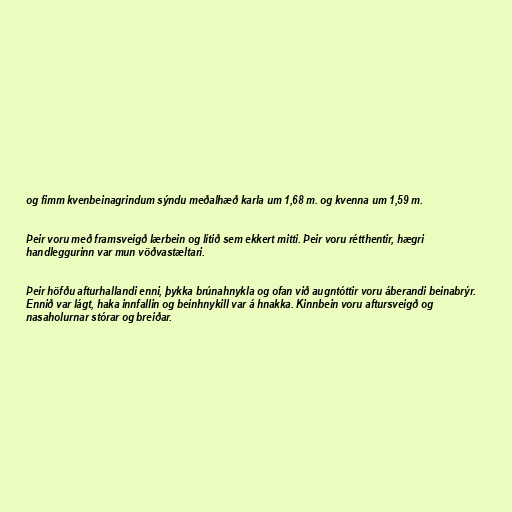
og fimm kvenbeinagrindum sýndu meðalhæð karla um 1,68 m. og kvenna um 1,59 m.

Þeir voru með framsveigð lærbein og lítið sem ekkert mitti. Þeir voru rétthentir, hægri
handleggurinn var mun vöðvastæltari.

Þeir höfðu afturhallandi enni, þykka brúnahnykla og ofan við augntóttir voru áberandi beinabrýr.
Ennið var lágt, haka innfallin og beinhnykill var á hnakka. Kinnbein voru aftursveigð og
nasaholurnar stórar og breiðar.